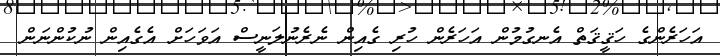
އަހަރެންގެ ހަޤީޤަތް އެނގުމުން އަހަރެން ހުރި ގެއިން ނެރެނުލަނީސް އަވަހަށް އެގެއިން ނުކުންނަން